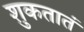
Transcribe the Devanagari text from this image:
शुकतातं